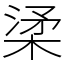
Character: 𣓥